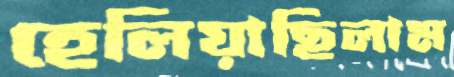
হেলিয়াছিলাম